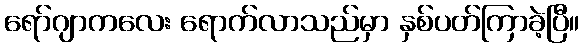
ရော်ဂျာကလေး ရောက်လာသည်မှာ နှစ်ပတ်ကြာခဲ့ပြီ။